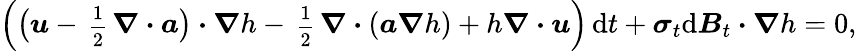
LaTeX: \Big(\big(\boldsymbol{\mathit{u}}-\mathrm{{\scriptsize~\frac{{1}}{{2}}~}}\boldsymbol{\nabla}\boldsymbol{\cdot}\boldsymbol{a}\big)\boldsymbol{\cdot}\boldsymbol{\nabla}h-\mathrm{{\scriptsize~\frac{{1}}{{2}}~}}\boldsymbol{\nabla}\boldsymbol{\cdot}(\boldsymbol{a}\boldsymbol{\nabla}h)+h\boldsymbol{\nabla}\boldsymbol{\cdot}\boldsymbol{\mathit{u}}\Big)\, \mathrm{{d}}t+\boldsymbol{\sigma}_{t}\mathrm{{d}}\boldsymbol{B}_{t}\boldsymbol{\cdot}\boldsymbol{\nabla}h=0,